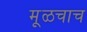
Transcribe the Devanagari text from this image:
मूळचाच